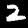
Label: 2